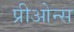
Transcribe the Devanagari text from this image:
प्रीओन्स